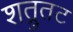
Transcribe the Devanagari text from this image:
शत्रुतट